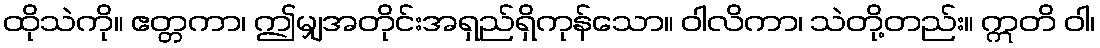
ထိုသဲကို။ ဧတ္တကာ၊ ဤမျှအတိုင်းအရှည်ရှိကုန်သော။ ဝါလိကာ၊ သဲတို့တည်း။ ဣတိ ဝါ၊